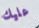
عليك